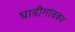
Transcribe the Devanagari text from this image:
घाडीगांवकर